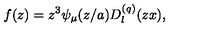
f ( z ) = z ^ { 3 } \psi _ { \mu } ( z / a ) D _ { l } ^ { ( q ) } ( z x ) ,